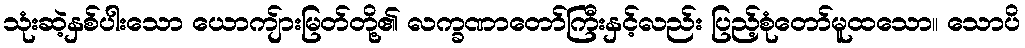
သုံးဆဲ့နှစ်ပါးသော ယောကျ်ားမြတ်တို့၏ လက္ခဏာတော်ကြီးနှင့်လည်း ပြည့်စုံတော်မူထသော။ သောပိ